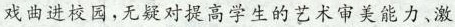
戏曲进校园,无疑对提高学生的艺术审美能力、激